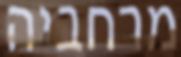
מרחביה